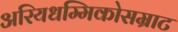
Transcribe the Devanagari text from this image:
अरियधम्मिकोसम्राट